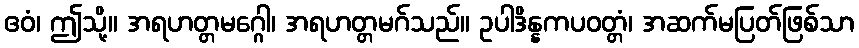
ဧဝံ၊ ဤသို့။ အရဟတ္တမဂ္ဂေါ၊ အရဟတ္တမဂ်သည်။ ဥပါဒိန္နကပဝတ္တံ၊ အဆက်မပြတ်ဖြစ်သာ